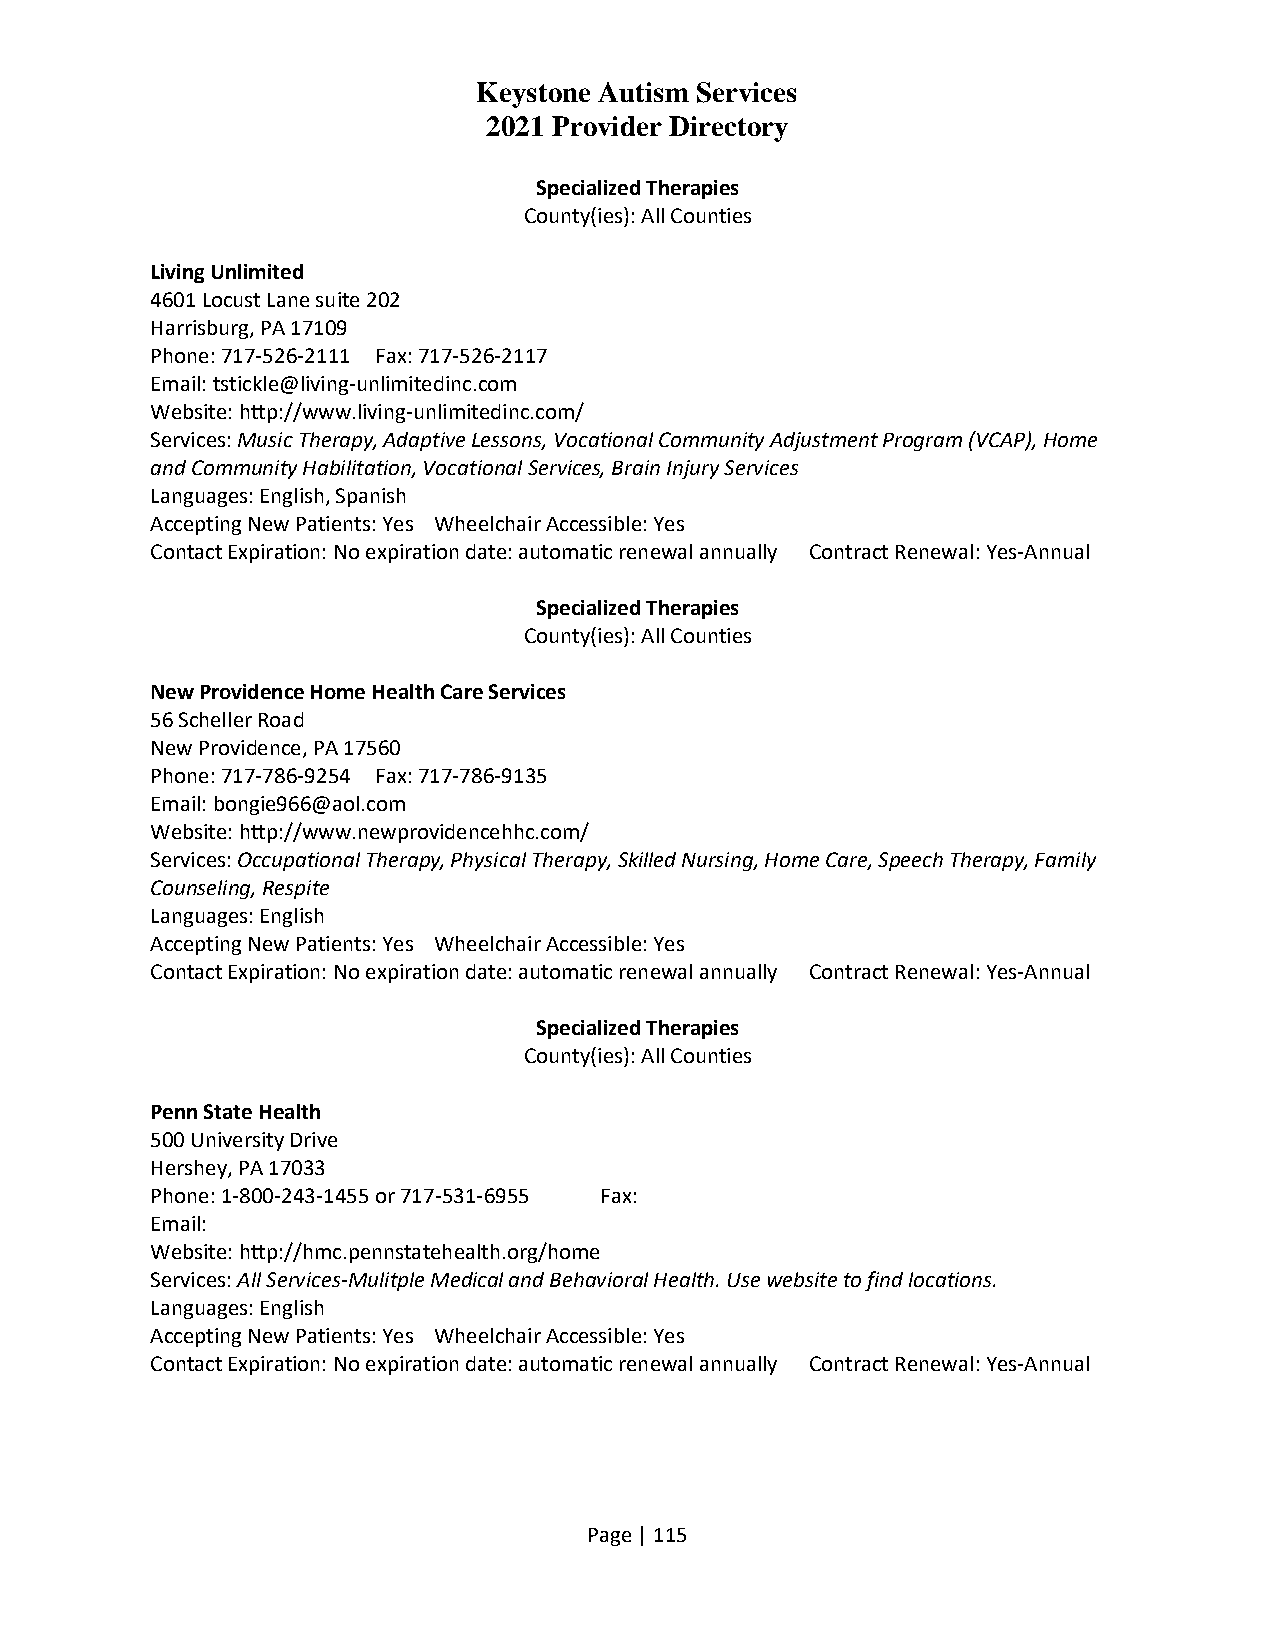
Keystone Autism Services
 2021 Provider Directory
 Specialized Therapies
 County(ies): All Counties
 Living Unlimited
 4601 Locust Lane suite 202
 Harrisburg, PA 17109
 Phone: 717-526-2111 Fax: 717-526-2117
 Email: tstickle@living-unlimitedinc.com
 Website: http://www.living-unlimitedinc.com/
 Services: Music Therapy, Adaptive Lessons, Vocational Community Adjustment Program (VCAP), Home
 and Community Habilitation, Vocational Services, Brain Injury Services
 Languages: English, Spanish
 Accepting New Patients: Yes Wheelchair Accessible: Yes
 Contact Expiration: No expiration date: automatic renewal annually Contract Renewal: Yes-Annual
 Specialized Therapies
 County(ies): All Counties
 New Providence Home Health Care Services
 56 Scheller Road
 New Providence, PA 17560
 Phone: 717-786-9254 Fax: 717-786-9135
 Email: bongie966@aol.com
 Website: http://www.newprovidencehhc.com/
 Services: Occupational Therapy, Physical Therapy, Skilled Nursing, Home Care, Speech Therapy, Family
 Counseling, Respite
 Languages: English
 Accepting New Patients: Yes Wheelchair Accessible: Yes
 Contact Expiration: No expiration date: automatic renewal annually Contract Renewal: Yes-Annual
 Specialized Therapies
 County(ies): All Counties
 Penn State Health
 500 University Drive
 Hershey, PA 17033
 Phone: 1-800-243-1455 or 717-531-6955 Fax:
 Email:
 Website: http://hmc.pennstatehealth.org/home
 Services: All Services-Mulitple Medical and Behavioral Health. Use website to find locations.
 Languages: English
 Accepting New Patients: Yes Wheelchair Accessible: Yes
 Contact Expiration: No expiration date: automatic renewal annually Contract Renewal: Yes-Annual
 Page | 115